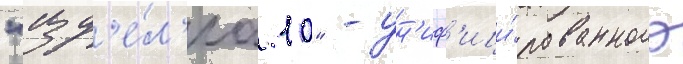
"изд'е́л'иа 10" - ун'иф'ици́рованного